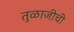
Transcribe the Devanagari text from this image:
तुळाजीची